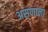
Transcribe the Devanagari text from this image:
असणाला